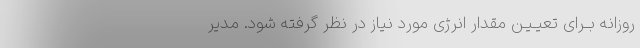
روزانه بــرای تعیـیـن مقدار انرژی مورد نیاز در نظر گرفته شود. مدیر